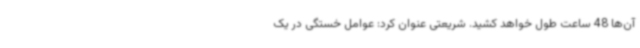
آن‌ها 48 ساعت طول خواهد کشید. شریعتی عنوان کرد: عوامل خستگی در یک